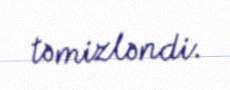
təmizləndi.